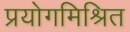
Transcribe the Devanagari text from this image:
प्रयोगमिश्रित